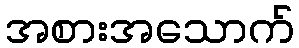
အစားအသောက်